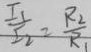
\frac { I _ { 1 } } { I _ { 2 } } = \frac { R _ { 2 } } { R _ { 1 } }